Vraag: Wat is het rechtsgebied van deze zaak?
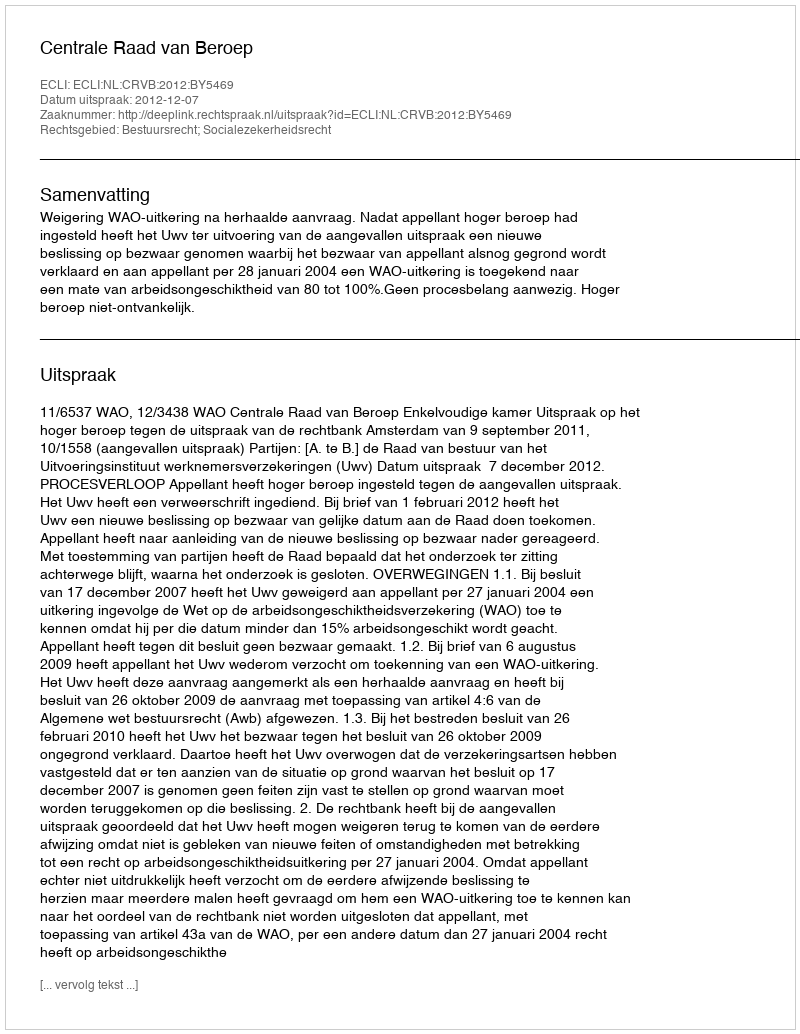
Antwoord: Bestuursrecht; Socialezekerheidsrecht